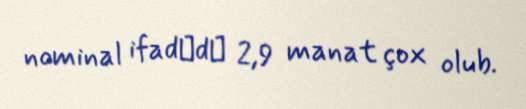
nominal ifadәdә 2,9 manat çox olub.